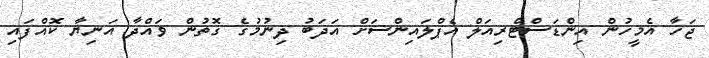
ޖަހާ އެމީހުން އިންޑަސްޓްރިއަލް އެޕްލައިންސަށް އަދަބު ދިނުމުގެ ގޮތުން ވައްދާ އަނިޔާ ކޮއްފައި